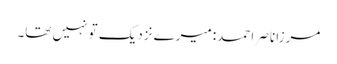
مرزا ناصر احمد: میرے نزدیک تو نہیں تھا۔